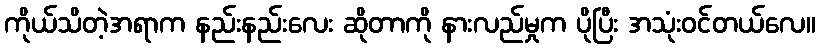
ကိုယ်သိတဲ့အရာက နည်းနည်းလေး ဆိုတာကို နားလည်မှုက ပိုပြီး အသုံးဝင်တယ်လေ။